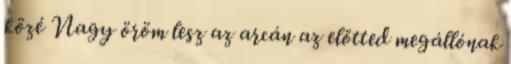
közé Nagy öröm lesz az arcán az előtted megállónak